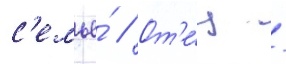
с'емье́ // От'е́ц /